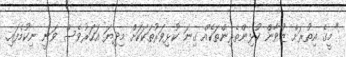
"މީގެ އިތުރަށް ޒުވާން ކުޅިންތެރިންތަކެއް ގިނަ ކުޅިވަރުތަކަކަށް މިދިޔަ އަހަރުވެސް ވަނީ ނިކުމެފައި.